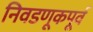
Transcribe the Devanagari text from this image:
निवडणूकपूर्व